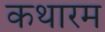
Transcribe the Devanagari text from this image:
कथारम